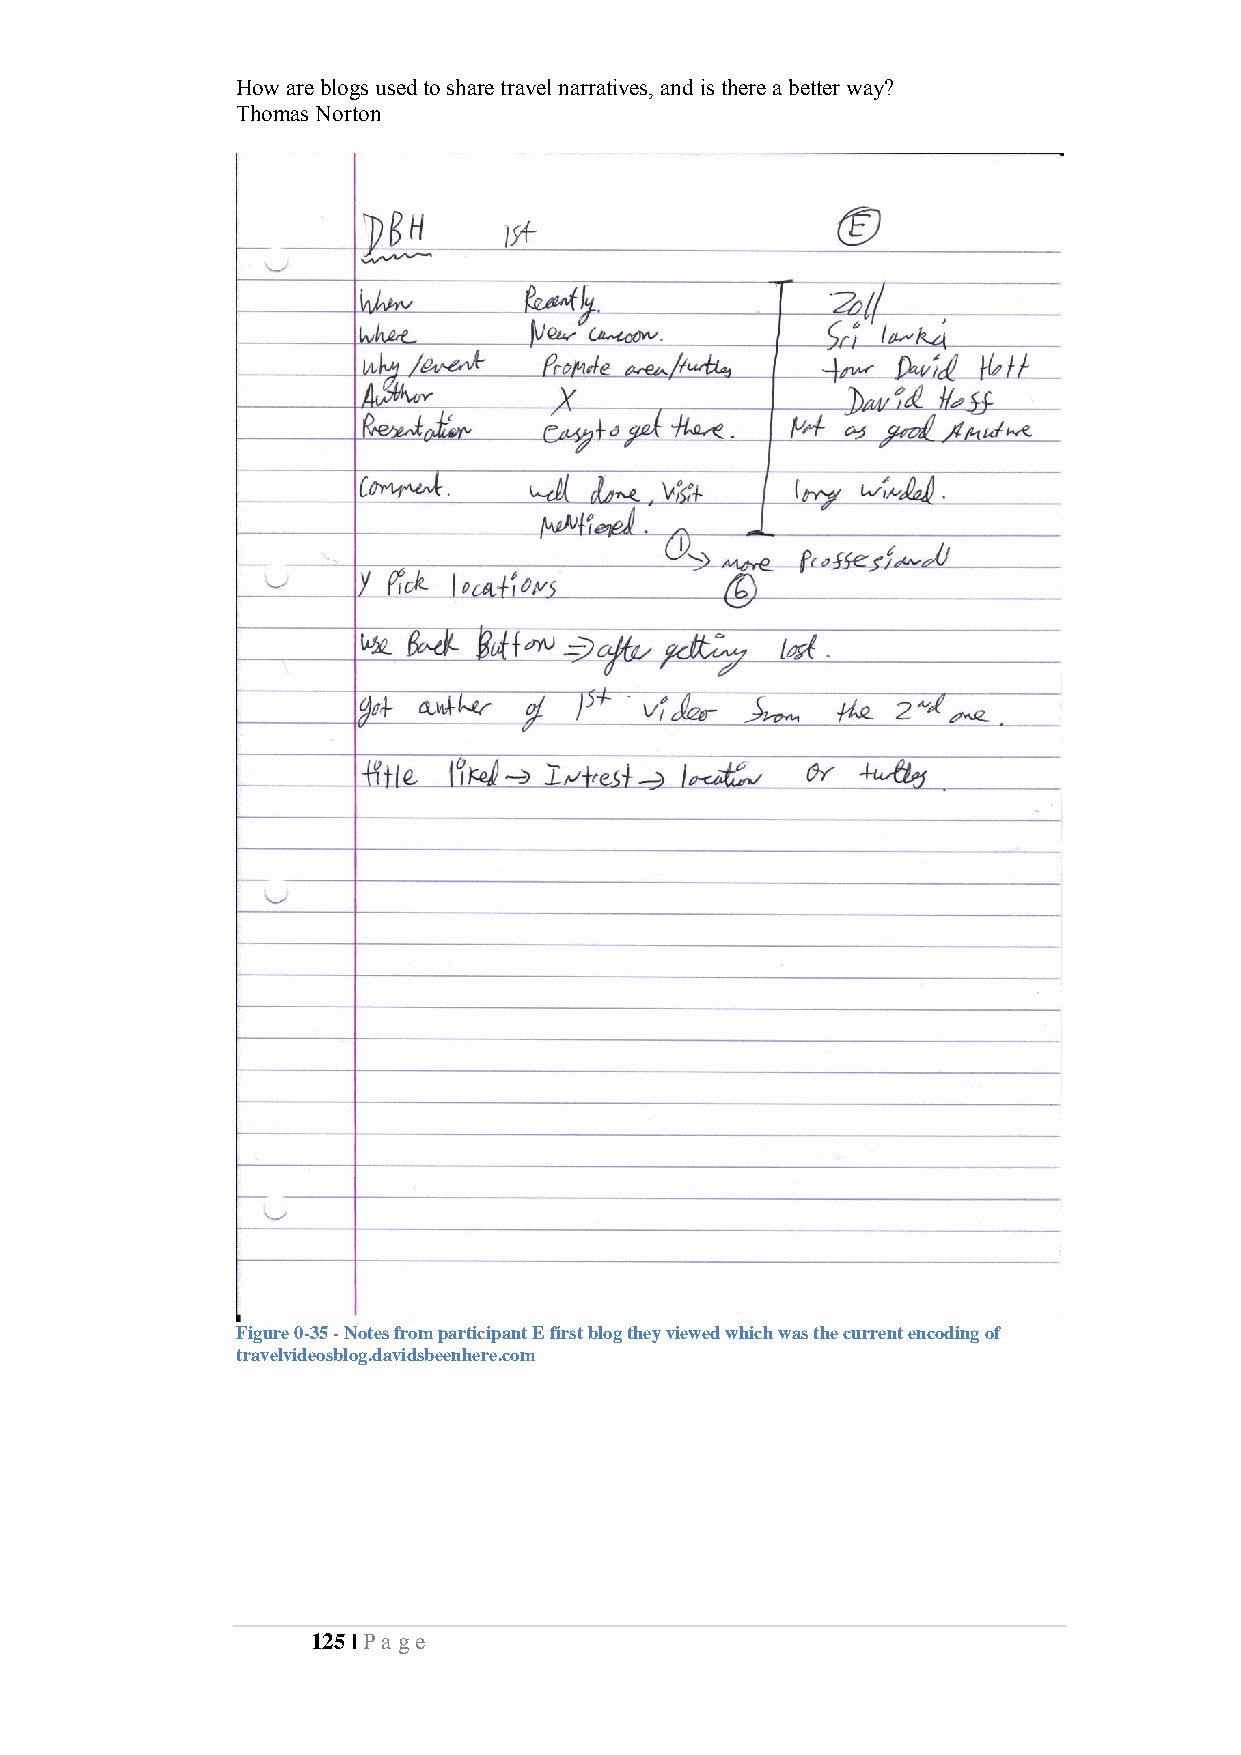
How are blogs used to share travel narratives, and is there a better way?
 Thomas Norton
 Figure 0-35 - Notes from participant E first blog they viewed which was the current encoding of
 travelvideosblog.davidsbeenhere.com
 125 | Pa ge